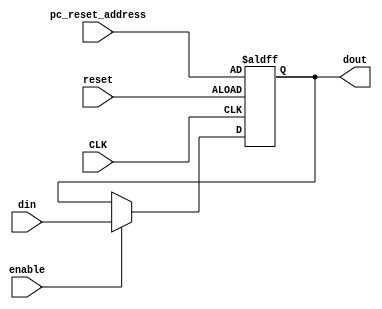
module register16b_set(
   input [15:0] din,
   input enable,
   input CLK,
   input reset,
   input [15:0] pc_reset_address,
   output reg [15:0] dout
   );
	 
//	initial begin
//		pc = pc_reset_address;
//	end

	always @ (posedge(CLK), posedge(reset)) begin
		if (reset)
			dout = pc_reset_address;
		else
			if (enable)
				dout = din;
	end

endmodule